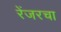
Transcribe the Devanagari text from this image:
रेंजरचा